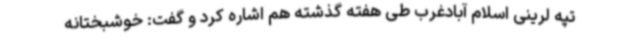
تپه لرینی اسلام آبادغرب طی هفته گذشته هم اشاره کرد و گفت: خوشبختانه